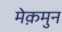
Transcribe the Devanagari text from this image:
मेक़मुन